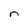
Character: n